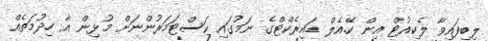
ލިބިފައިވާ ލެކިއުޓް އިން ކޭ.އެލް ޑައިރެކްޓްގެ ނަމުގައި ކަސްޓަމަރުންނަށް މުޅިން އާ ހިދުމަތެއް